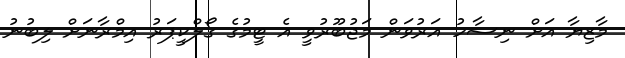
މާޒިޔާ އަށް ނިސާހު އަރުވަން މަޖުބޫރުވީ އެ ޓީމުގެ ގޯލްކީޕަރު އިމްރާނަށް ލިބުނު